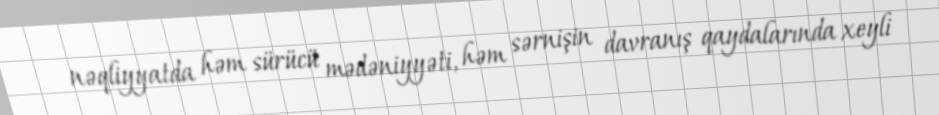
nəqliyyatda həm sürücü mədəniyyəti, həm sərnişin davranış qaydalarında xeyli